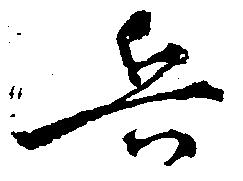
兵